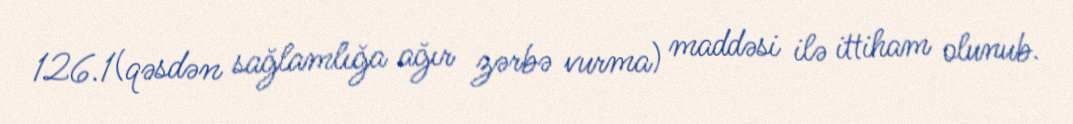
126.1(qəsdən sağlamlığa ağır zərbə vurma) maddəsi ilə ittiham olunub.